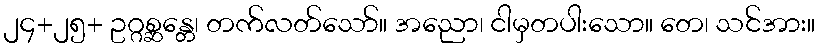
၂၄+၂၅+ ဥဂ္ဂစ္ဆန္တေ၊ တက်လတ်သော်။ အညော၊ ငါမှတပါးသော။ တေ၊ သင်အား။